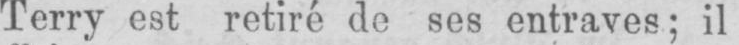
Terry est retiré de ses entraves; il